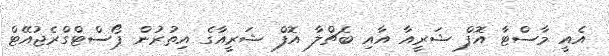
އެއީ މާސްޓާ އޮފް ޝަރީއާ އާއި ބެޗްލާ އޮފް ޝަރީއާގެ އިތުރުން ޕޯސްޓްގްރެޖުއޭޓް